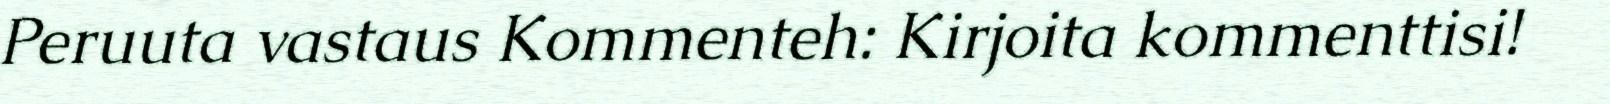
Peruuta vastaus Kommenteh: Kirjoita kommenttisi!